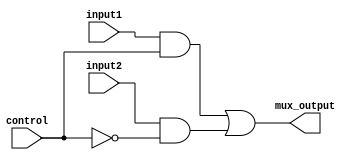
module two2one_mux(input1,input2,control,mux_output);

		input input1, input2, control;
		output mux_output;
		
		wire w1, w2, w3;
		
		not(w1,control);
		and(w2, input1, control);
		and(w3, input2, w1);
		or(mux_output,w2,w3);

endmodule